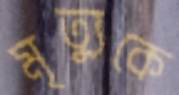
মৃত্যুকে